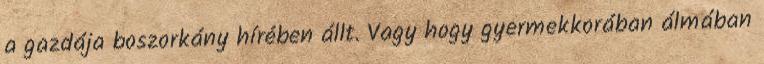
a gazdája boszorkány hírében állt. Vagy hogy gyermekkorában álmában